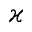
\varkappa